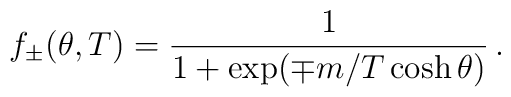
f_{\pm }(\theta ,T)=\frac{1}{1+\exp (\mp m/T\cosh \theta )}\,.